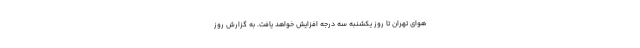
هوای تهران تا روز یکشنبه سه درجه افزایش خواهد یافت. به گزارش روز